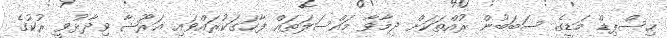
ހިސްޕިޑް މަޑީގެ ސަބަބުން ރުއްތަކަށް ދިމާވާ މައްސަލަތައް ފާހަގަކުރައްވައި އަރޫޝާ ވިދާޅުވީ ރުކުގެ